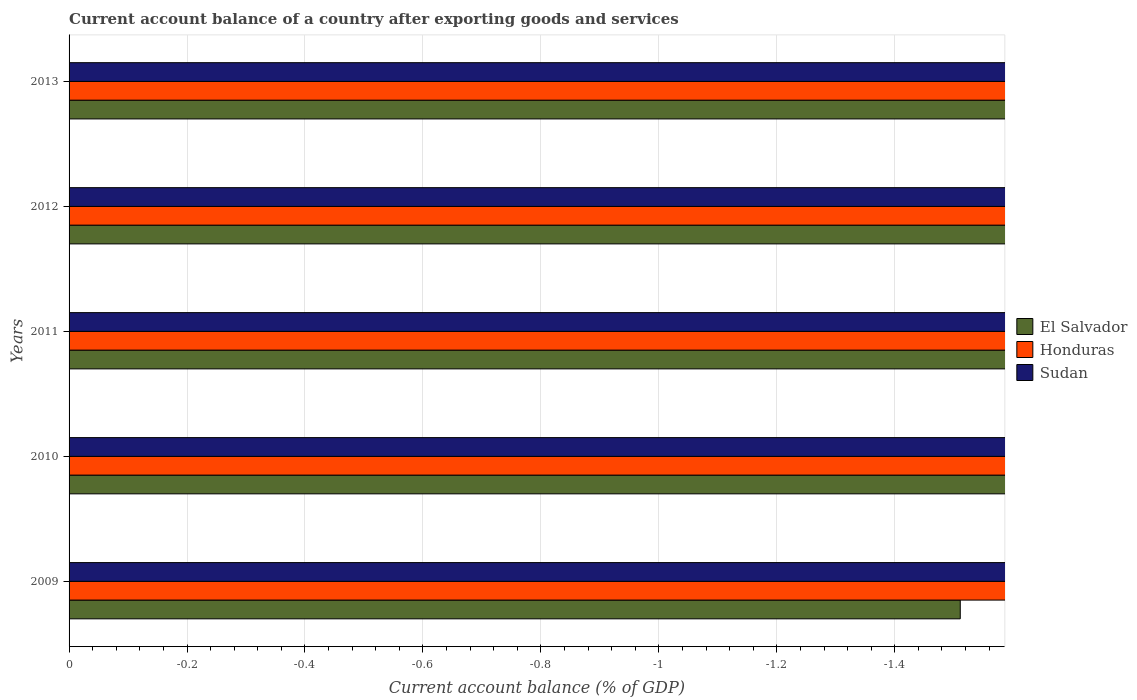
| Years | El Salvador | Honduras | Sudan |
 | --- | --- | --- | --- |
 | 2009 | -1.51 | -3.82 | -9.27 |
 | 2010 | -2.49 | -4.31 | -2.63 |
 | 2011 | -4.8 | -7.95 | -1.99 |
 | 2012 | -5.19 | -8.56 | -9.79 |
 | 2013 | -6.47 | -8.95 | -8.12 |